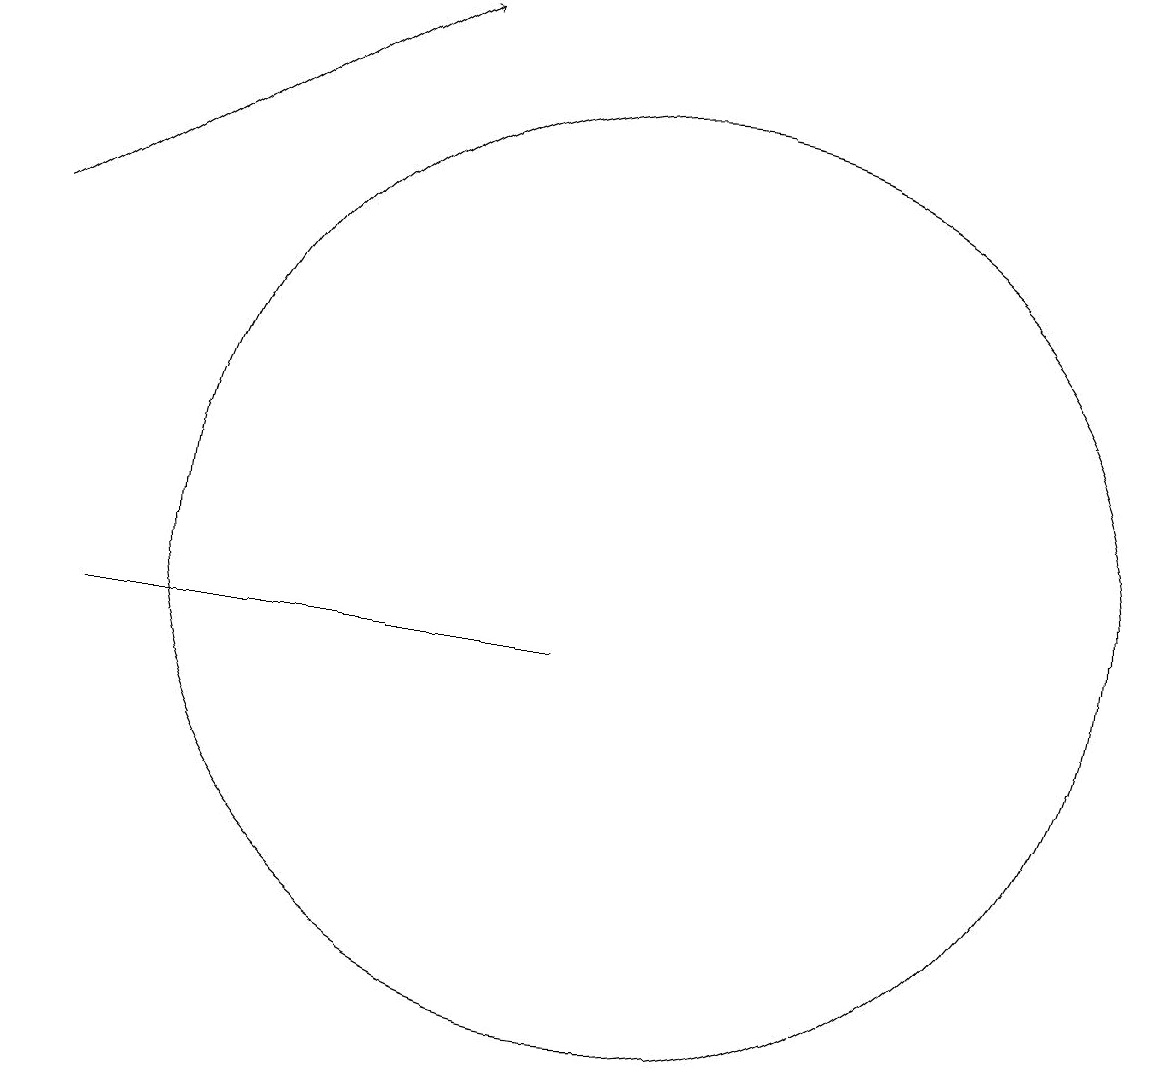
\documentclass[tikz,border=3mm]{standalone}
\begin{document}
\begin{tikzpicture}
\draw (3,11) rectangle (9,11);
\draw (10,12) circle (6);
\draw[->] (2,16) -- (7,19);
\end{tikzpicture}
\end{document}